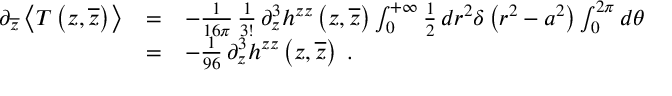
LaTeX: \begin{array} { l c l } { { \partial _ { \overline { { z } } } \left< T \left( z , \overline { { z } } \right) \right> } } & { { = } } & { { - { \frac { 1 } { 1 6 \pi } } \, { \frac { 1 } { 3 ! } } \, \partial _ { z } ^ { 3 } h ^ { z z } \left( z , \overline { { { z } } } \right) \int _ { 0 } ^ { + \infty } { \frac { 1 } { 2 } } \, d r ^ { 2 } \delta \left( r ^ { 2 } - a ^ { 2 } \right) \int _ { 0 } ^ { 2 \pi } d \theta } } \\ { { \ } } & { { = } } & { { - { \frac { 1 } { 9 6 } } \, \partial _ { z } ^ { 3 } h ^ { z z } \left( z , \overline { { { z } } } \right) \; . } } \end{array}